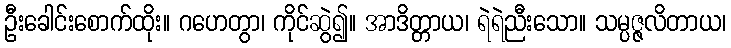
ဦးခေါင်းစောက်ထိုး။ ဂဟေတွာ၊ ကိုင်ဆွဲ၍။ အာဒိတ္တာယ၊ ရဲရဲညီးသော။ သမ္ပဇ္ဇလိတာယ၊